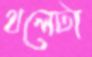
থলেটা